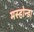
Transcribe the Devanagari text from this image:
मस्होन्डा